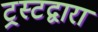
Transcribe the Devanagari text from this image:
ट्रस्टद्वारा